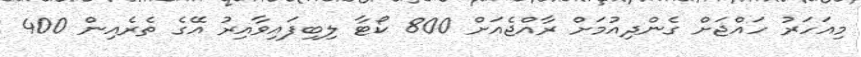
މިއަހަރު ހައްޖަށް ގެންދިއުމަށް ރާއްޖެއަށް 800 ކޯޓާ ލިބިފައިވާއިރު އޭގެ ތެރެއިން 400